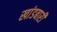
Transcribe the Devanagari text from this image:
खांडबारी